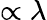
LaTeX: \propto\lambda